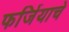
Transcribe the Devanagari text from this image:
फर्जियाचे